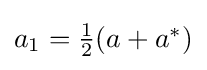
{\textstyle a_{1}={\frac {1}{2}}(a+a^{*})}